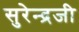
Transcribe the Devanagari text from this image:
सुरेन्द्रजी